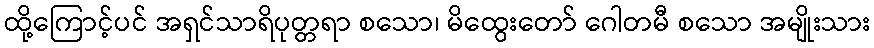
ထို့ကြောင့်ပင် အရှင်သာရိပုတ္တရာ စသော၊ မိထွေးတော် ဂေါတမီ စသော အမျိုးသား